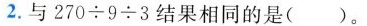
2.与$$2 7 0 \div9 \div 3$$结果相同的是( )。